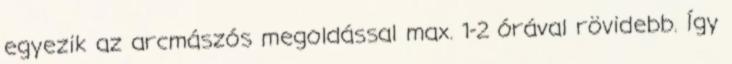
egyezik az arcmászós megoldással max. 1-2 órával rövidebb. Így